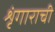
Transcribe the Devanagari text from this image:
शृंगाराची